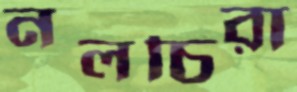
নলচিরা